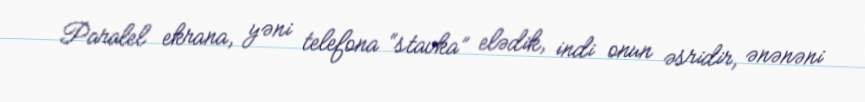
Paralel ekrana, yəni telefona “stavka” elədik, indi onun əsridir, ənənəni